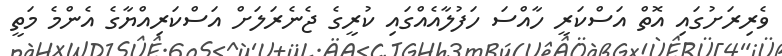
ވެރިރަށުގައި އޮތް އަސްކަރީ ހާއްސަ ހަފުލާއެއްގައި ކުރީގެ ޖެނެރަލަށް އަސްކަރިއްޔާގެ އެންމެ މަތީ